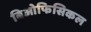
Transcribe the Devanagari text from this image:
बिओफिसिकल